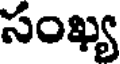
సంఖ్య